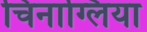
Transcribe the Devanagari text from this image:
चिनाग्लिया